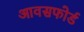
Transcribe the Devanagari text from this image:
आवसफोर्ड